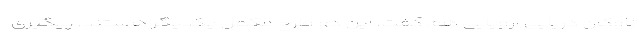
ناوگان دریایی اروپایی هم گفت، این دو طرح مکمل یکدیگر هستند. پیگیری